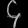
Digit: ၄